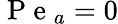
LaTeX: \mathrm{~P~e~}_{a}=0